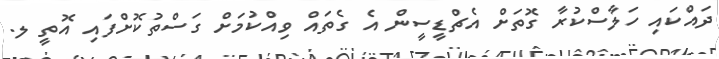
ދައްކައި ހަލާސްކުރާ ގޮތަށް އެޗްޑީސީން އެ ގެތައް ވިއްކުމަށް ގަސްތުކޮށްފައި އޮތީ ލ.